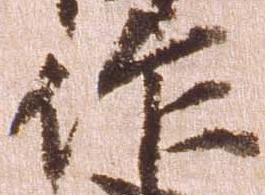
作